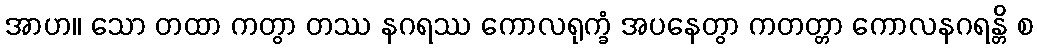
အာဟ။ သော တထာ ကတွာ တဿ နဂရဿ ကောလရုက္ခံ အပနေတွာ ကတတ္တာ ကောလနဂရန္တိ စ